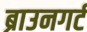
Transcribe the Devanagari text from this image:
ब्राउनगर्ट